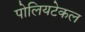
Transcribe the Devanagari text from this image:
पोलियटेकल